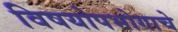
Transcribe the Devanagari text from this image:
विषयोपभोगाचे